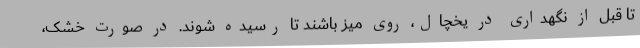
تا قبل از نگهداری در یخچال، روی میز باشند تا رسیده شوند. در صورت خشک،